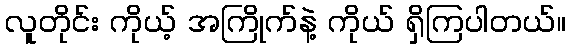
လူတိုင်း ကိုယ့် အကြိုက်နဲ့ ကိုယ် ရှိကြပါတယ်။